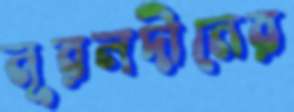
নূরলদীনের